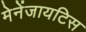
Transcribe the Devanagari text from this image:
मेनेंजायटिस